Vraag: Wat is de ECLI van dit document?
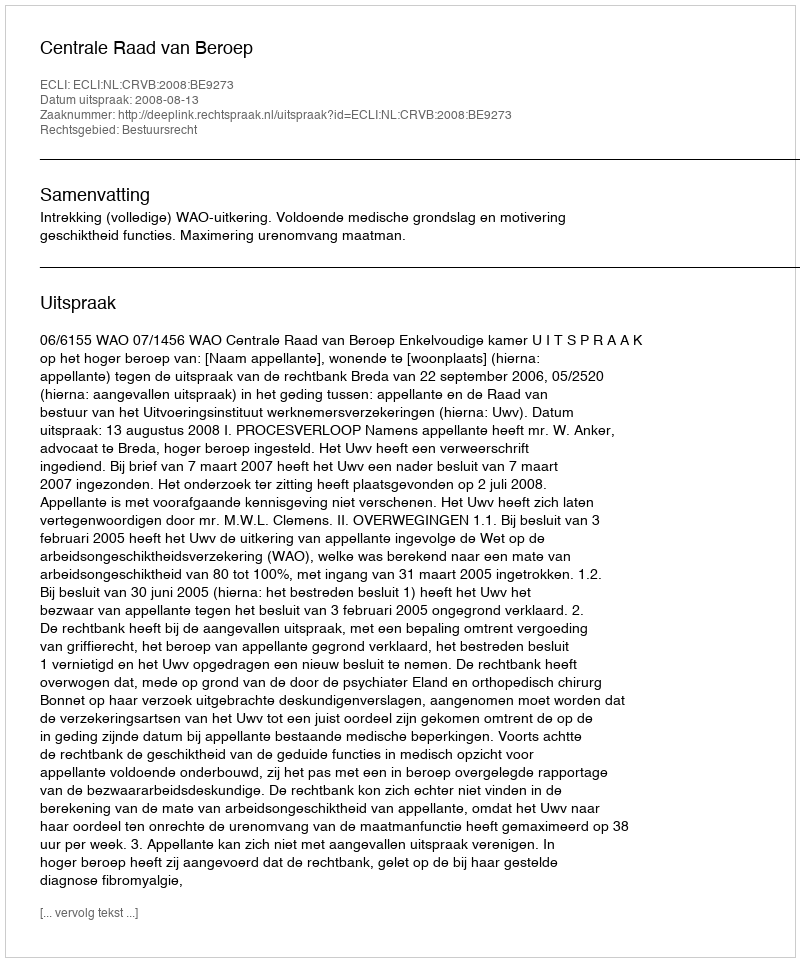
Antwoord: ECLI:NL:CRVB:2008:BE9273